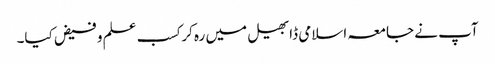
آپ نے جامعہ اسلامی ڈابھیل میں رہ کر کسب علم و فیض کیا۔